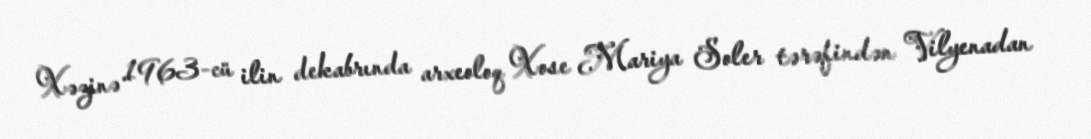
Xəzinə 1963-cü ilin dekabrında arxeoloq Xose Mariya Soler tərəfindən Vilyenadan